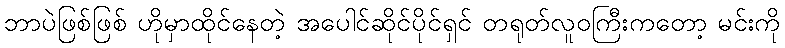
ဘာပဲဖြစ်ဖြစ် ဟိုမှာထိုင်နေတဲ့ အပေါင်ဆိုင်ပိုင်ရှင် တရုတ်လူဝကြီးကတော့ မင်းကို